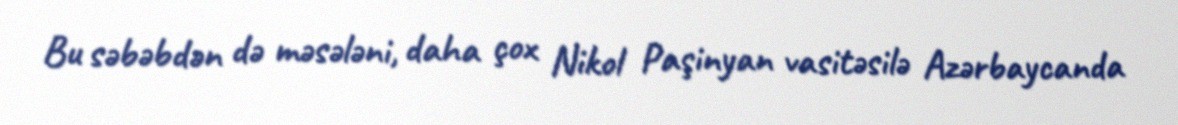
Bu səbəbdən də məsələni, daha çox Nikol Paşinyan vasitəsilə Azərbaycanda